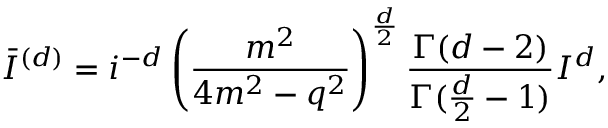
\bar { I } ^ { ( d ) } = i ^ { - d } \left( \frac { m ^ { 2 } } { 4 m ^ { 2 } - q ^ { 2 } } \right) ^ { \frac { d } { 2 } } \frac { \Gamma ( d - 2 ) } { \Gamma ( \frac { d } { 2 } - 1 ) } I ^ { d } ,